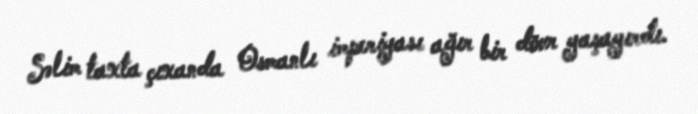
Səlim taxta çıxanda Osmanlı imperiyası ağır bir dövr yaşayırdı.